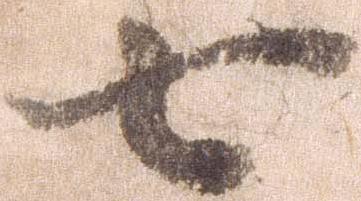
七